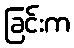
ခြင်းက